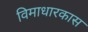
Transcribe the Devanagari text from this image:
विमाधारकास